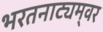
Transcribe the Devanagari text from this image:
भरतनाट्यम्‌वर